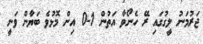
ޖަރުމަނު ލީގުގައި ރޭ ހެނޯވާ އަތުން 1-0 އިން މޮޅުވެ ބަޔާން ވަނީ